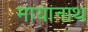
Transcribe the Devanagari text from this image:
मायानाथ